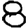
Digit: 8